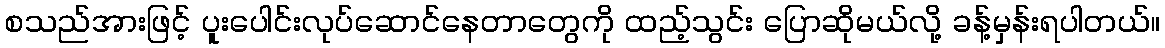
စသည်အားဖြင့် ပူးပေါင်းလုပ်ဆောင်နေတာတွေကို ထည့်သွင်း ပြောဆိုမယ်လို့ ခန့်မှန်းရပါတယ်။